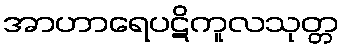
အာဟာရေပဋိကူလသုတ္တ